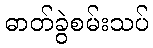
ဓာတ်ခွဲစမ်းသပ်